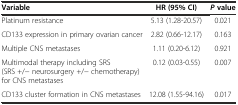
| Variable | HR (95% CI) | Pvalue |
 | --- | --- | --- |
 | Platinum resistance | 5.13 (1.28-20.57) | 0.021 |
 | CD133 expression in primary ovarian cancer | 2.82 (0.66-12.17) | 0.163 |
 | Multiple CNS metastases | 1.11 (0.20-6.12) | 0.921 |
 | Multimodal therapy including SRS (SRS +/− neurosurgery +/− chemotherapy) for CNS metastases | 0.12 (0.03-0.55) | 0.007 |
 | CD133 cluster formation in CNS metastases | 12.08 (1.55-94.16) | 0.017 |